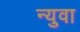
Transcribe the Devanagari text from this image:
न्युवा